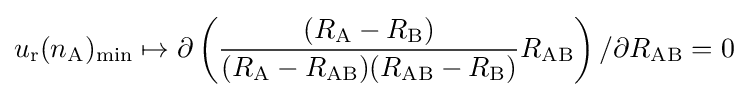
u_{\mathrm {r} }(n_{\mathrm {A} })_{\mathrm {min} }\mapsto \partial \left({\frac {(R_{\mathrm {A} }-R_{\mathrm {B} })}{(R_{\mathrm {A} }-R_{\mathrm {AB} })(R_{\mathrm {AB} }-R_{\mathrm {B} })}}R_{\mathrm {AB} }\right)/\partial R_{\mathrm {AB} }=0